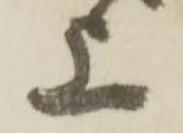
上